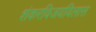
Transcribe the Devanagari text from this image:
शंकरविजयविलास